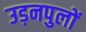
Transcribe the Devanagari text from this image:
उड़नपुलों